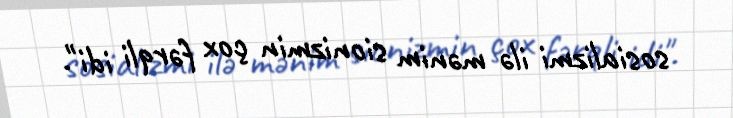
sosializmi ilə mənim sionizmin çox fərqli idi".